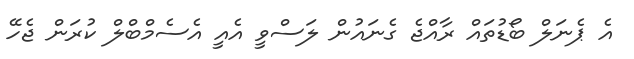
އެ ޕެނަލް ބޯޑުތައް ރާއްޖެ ގެނައުން ލަސްވީ އެއީ އެސެމްބްލް ކުރަން ޖެހޭ